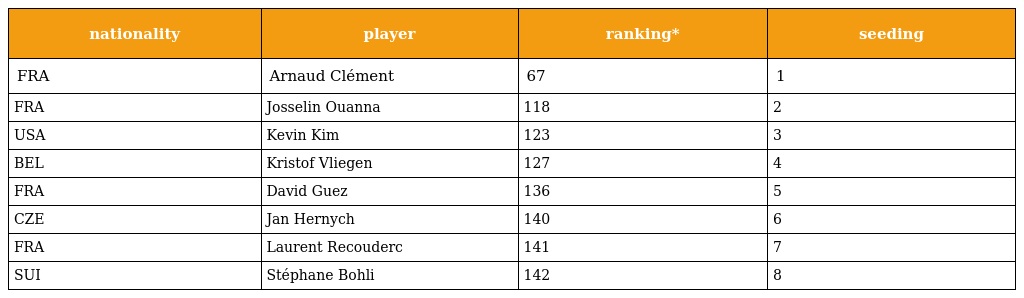
| nationality | player | ranking* | seeding |
 | --- | --- | --- | --- |
 | FRA | Arnaud Clément | 67 | 1 |
 | FRA | Josselin Ouanna | 118 | 2 |
 | USA | Kevin Kim | 123 | 3 |
 | BEL | Kristof Vliegen | 127 | 4 |
 | FRA | David Guez | 136 | 5 |
 | CZE | Jan Hernych | 140 | 6 |
 | FRA | Laurent Recouderc | 141 | 7 |
 | SUI | Stéphane Bohli | 142 | 8 |